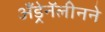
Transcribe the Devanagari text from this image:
अँड्रेनॅलीनने